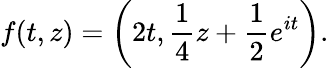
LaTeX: f(t,z)=\left(2t,{\frac{1}{4}}z+{\frac{1}{2}}e^{it}\right).